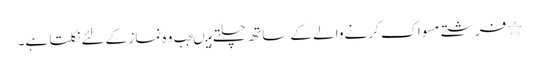
٭ فرشتے مسواک کرنے والے کے ساتھ چلتے ہیںجب وہ نماز کے لئے نکلتا ہے۔